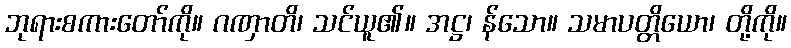
ဘုရားစကားတော်ကို။ ဂဏှာတိ၊ သင်ယူ၏။ အဋ္ဌ၊ န်သော။ သမာပတ္တိယော၊ တို့ကို။